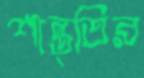
শান্ত্তির